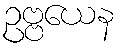
ဥဗ္ဗယေန